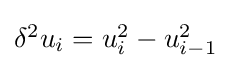
{\textstyle \delta ^{2}u_{i}=u_{i}^{2}-u_{i-1}^{2}}